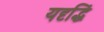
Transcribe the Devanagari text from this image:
यदृद्धिं